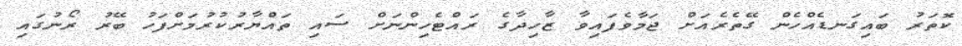
ކޮތަރު ބައިގަނޑެއްހެން ގޭތެރެއަށް ޖަމާވެފައިވާ ޒާހިދާގެ ރައްޓެހިންނަށް ސައި ތައްޔާރުކުރުމަށްފަހު ބޭރު ރޯނުގައި